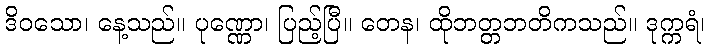
ဒိဝသော၊ နေ့သည်။ ပုဏ္ဏော၊ ပြည့်ပြီ။ တေန၊ ထိုဘတ္တဘတိကသည်။ ဒုက္ကရံ၊